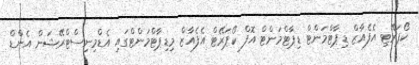
ކޯޕަރޭޓި އެފެއާޒް ޑިޕާޓްމަންޓް ޑިޕާޓްމަންޓް އޮފް ކޯޕަރޭޓް އެފެއާޒް މިޑިޕާޓްމަންޓްގައި އެޑްމިނިސްޓްރޭޝަން އެންޑް